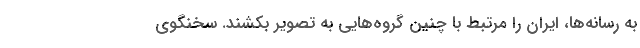
به رسانه‌ها، ایران را مرتبط با چنین گروه‌هایی به تصویر بکشند. سخنگوی